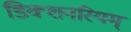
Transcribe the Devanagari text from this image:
डिक्शनरियम्